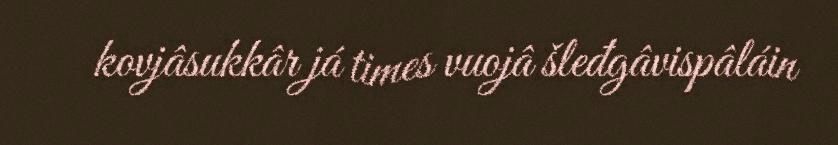
kovjâsukkâr já times vuojâ šleđgâvispâláin